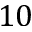
1 0